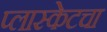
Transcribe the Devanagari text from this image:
प्लास्केटचा